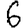
Digit: 6